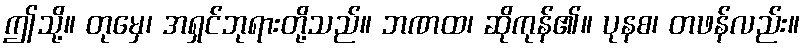
ဤသို့။ တုမှေ၊ အရှင်ဘုရားတို့သည်။ ဘဏထ၊ ဆိုကုန်၏။ ပုနစ၊ တဖန်လည်း။